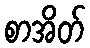
စာအိတ်